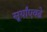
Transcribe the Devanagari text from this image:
सूर्यांएवढे